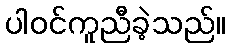
ပါဝင်ကူညီခဲ့သည်။